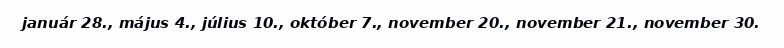
január 28., május 4., július 10., október 7., november 20., november 21., november 30.